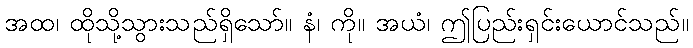
အထ၊ ထိုသို့သွားသည်ရှိသော်။ နံ၊ ကို။ အယံ၊ ဤပြည်းရှင်းယောင်သည်။